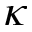
\kappa